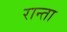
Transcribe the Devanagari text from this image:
रान्ता